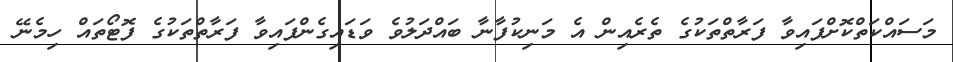
މަސައްކަތްކޮށްފައިވާ ފަރާތްތަކުގެ ތެރެއިން އެ މަނިކުފާނާ ބައްދަލުވެ ވަޑައިގެންފައިވާ ފަރާތްތަކުގެ ފޮޓޯތައް ހިމެނޭ